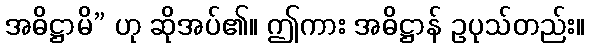
အဓိဋ္ဌာမိ” ဟု ဆိုအပ်၏။ ဤကား အဓိဋ္ဌာန် ဥပုသ်တည်း။